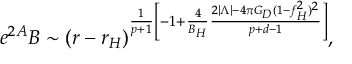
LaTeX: e ^ { 2 A } B \sim ( r - r _ { H } ) ^ { \frac { 1 } { p + 1 } \left[ - 1 + \frac { 4 } { B _ { H } } \frac { 2 | \Lambda | - 4 \pi G _ { D } ( 1 - f _ { H } ^ { 2 } ) ^ { 2 } } { p + d - 1 } \right] } ,